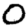
Digit: 0